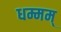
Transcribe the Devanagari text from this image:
धम्मम्